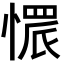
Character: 𢟿